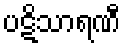
ပဋိသာရဏီ